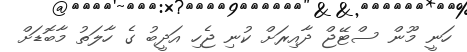
ހަނީ މޫން ސްޓޭޖް ދާއިރަށް ކުނި ޖެހި އަދީބު ގެ ހާލަތު މާބޮޑަށް